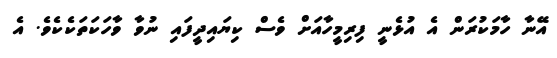
އޭނާ ހާމަކުރަން އެ އުޅެނީ ފިރިމީހާއަށް ވެސް ކިޔައިދީފައި ނުވާ ވާހަކަތަކެކެވެ. އެ